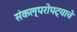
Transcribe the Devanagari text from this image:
संकल्परोपट्याचे